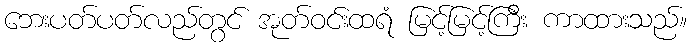
ဘေးပတ်ပတ်လည်တွင် အုတ်ဝင်းထရံ မြင့်မြင့်ကြီး ကာထားသည်။